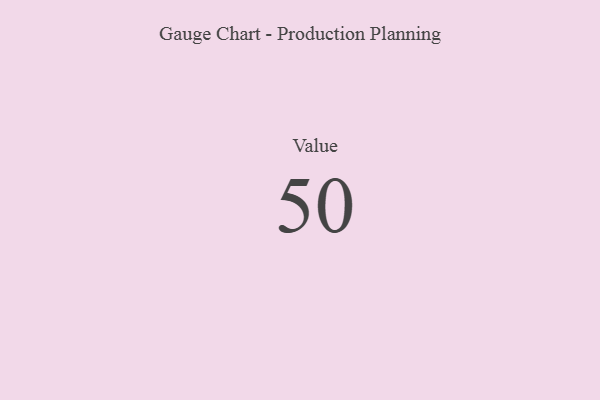
{"axis": {"x": "Metric", "y": "Value"}, "legend": [""], "data": [{"x": "Value", "y": 50, "type": ""}]}